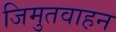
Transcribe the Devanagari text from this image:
जिमुतवाहन